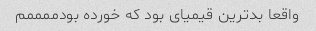
واقعا بدترین قیمیای بود که خورده بودممممم